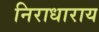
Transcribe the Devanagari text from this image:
निराधाराय